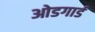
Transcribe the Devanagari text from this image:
ओडगार्ड